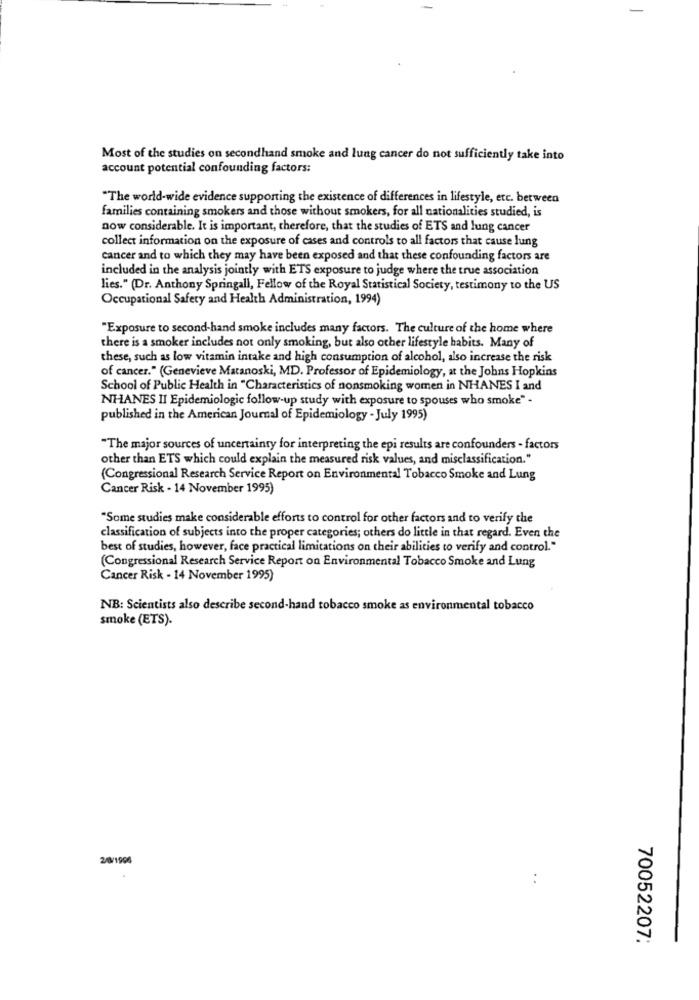
Most of the studies on secondhand smoke and lung cancer do not sufficiently take into
account potential confounding factors:
"The world-wide evidence supporting the existence of differences in lifestyle, etc. between
families containing smokers and those without smokers, for all nationalities studied, is
now considerable. It is important, therefore, that the studies of ETS and lung cancer
collect information on the exposure of cases and controls to all factors that cause lung
cancer and to which they may have been exposed and that these confounding factors are
included in the analysis jointly with ETS exposure to judge where the true association
lies." (Dr. Anthony Springall, Fellow of the Royal Statistical Society, testimony to the US
Occupational Safety and Health Administration, 1994)
"Exposure to second-hand smoke includes many factors. The culture of the home where
there is a smoker includes not only smoking, but also other lifestyle habits. Many of
these, such as low vitamin intake and high consumption of alcohol, also increase the risk
of cancer." (Genevieve Matanoski, MD. Professor of Epidemiology, at the Johns Hopkins
School of Public Health in "Characteristics of nonsmoking women in NHANES I and
NHANES II Epidemiologic follow-up study with exposure to spouses who smoke" -
published in the American Journal of Epidemiology - July 1995)
"The major sources of uncertainty for interpreting the epi results are confounders - factors
other than ETS which could explain the measured risk values, and misclassification."
(Congressional Research Service Report on Environmental Tobacco Smoke and Lung
Cancer Risk . 14 November 1995)
"Some studies make considerable efforts to control for other factors and to verify the
classification of subjects into the proper categories; others do little in that regard. Even the
best of studies, however, face practical limitations on their abilities to verify and control."
(Congressional Research Service Report on Environmental Tobacco Smoke and Lung
Cancer Risk - 14 November 1995)
NB: Scientists also describe second-hand tobacco smoke as environmental tobacco
smoke (ETS).
2/8/1996
70052207: